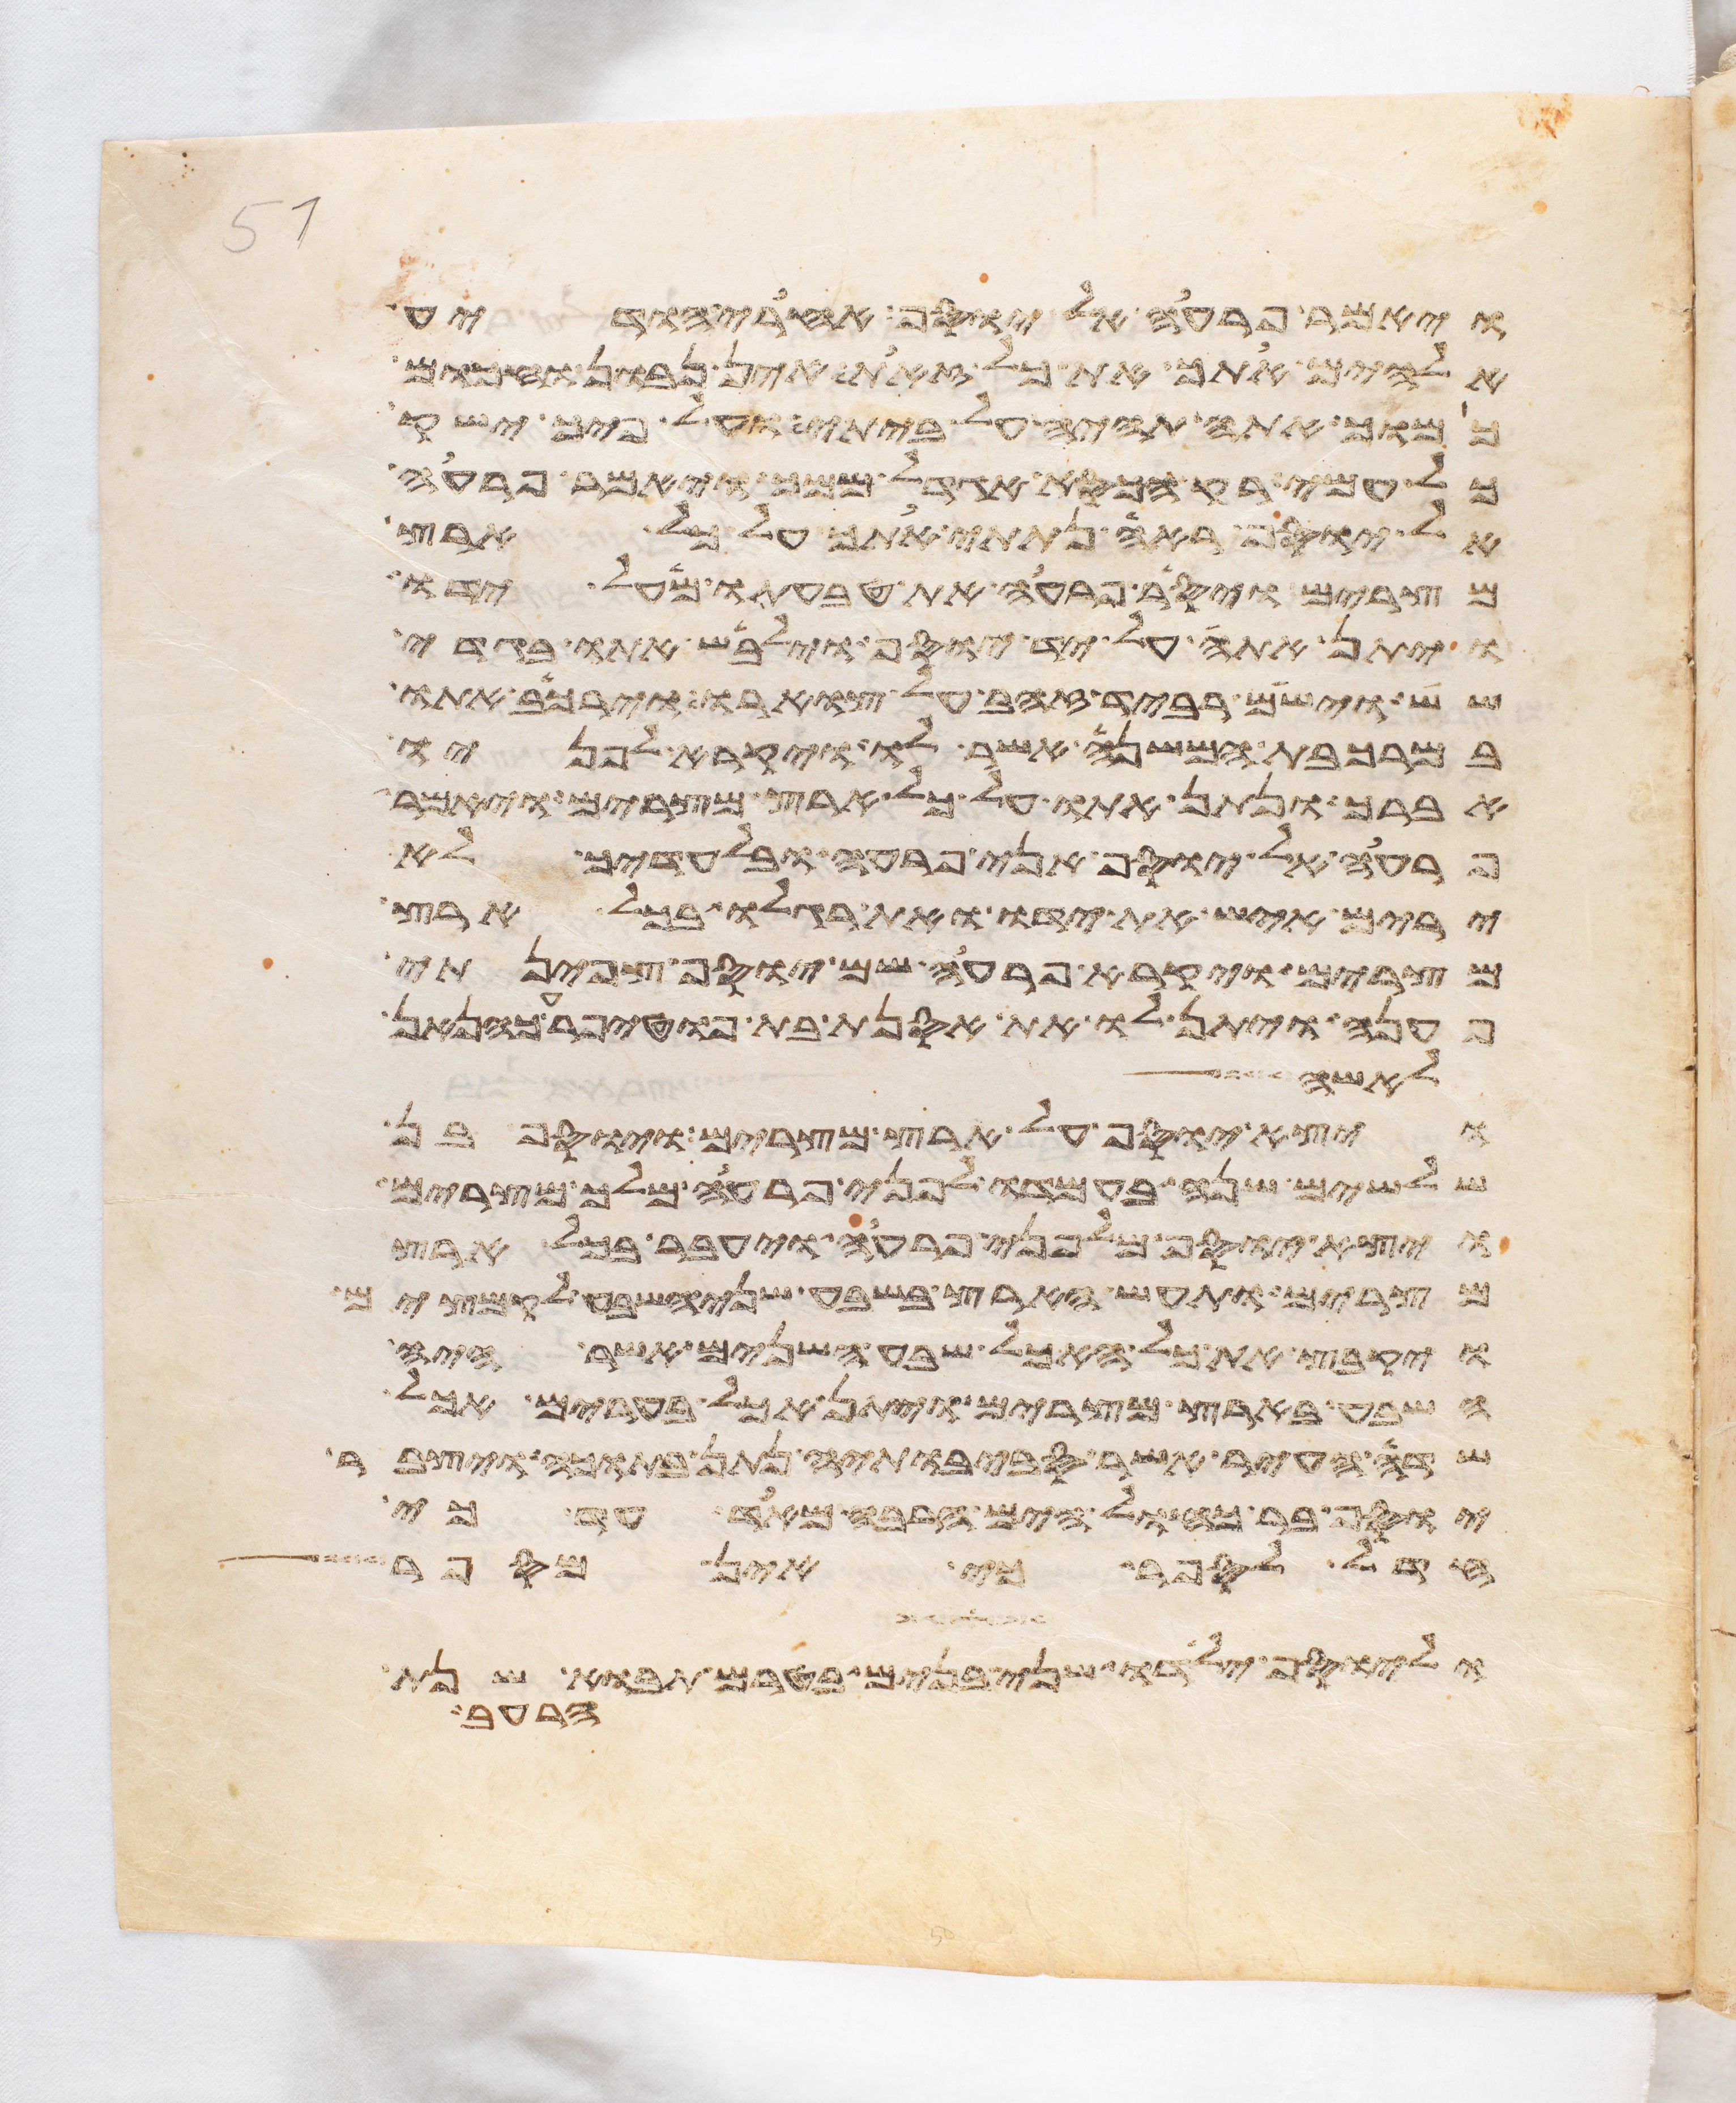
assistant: ויאמר פרעה אל יוסף אחרי הודיע
אלהים אתך את כל זאת אין נבון וחכום
כמוך אתה תהיה על ביתי ועל פיך ישק
כל עמי רק הכסא אגדל ממך ויאמר פרעה
אל יוסף ראה נתתי אתך על כל ארץ
מצרים ויסר פרעה את טבעתו מעל ידו
ויתן אתה על יד יוסף וילבש אתו בגדי
שש וישם רביד זהב על צוארו וירכב אתו
במרכבת המשנה אשר לו ויקרא לפניו
אברך ונתן אתו על כל ארץ מצרים ויאמר
פרעה אל יוסף אני פרעה ובלעדיך לא
ירים איש את ידו ואת רגלו בכל ארץ
מצרים ויקרא פרעה שם יוסף צפינתי
פענה ויתן לו את אסנת בת פוטיפרע כהן
לאשה
ויצא יוסף על ארץ מצרים ויוסף בן
שלשים שנה בעמדו לפני פרעה מלך מצרים
ויצא יוסף מלפני פרעה ויעבר בכל ארץ
מצרים ותעש הארץ בשבע שני השבע לקמצים
ויקבץ את כל האכל שבע השנים אשר היה
השבע בארץ מצרים ויתן אכל בערים אכל
שדה העיר אשר סביבתיה נתן בתוכה ויצבר
יוסף בר כחול הים הרבה מאד עד כי
חדל לספר כי אין מספר
וליוסף ילדו שני בנים בטרם תבוא שנת
הרעב